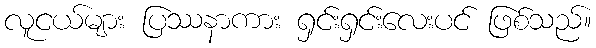
လူငယ်များ ပြဿနာကား ရှင်းရှင်းလေးပင် ဖြစ်သည်။